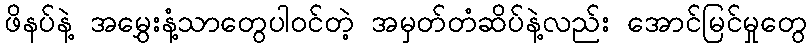
ဖိနပ်နဲ့ အမွှေးနံ့သာတွေပါဝင်တဲ့ အမှတ်တံဆိပ်နဲ့လည်း အောင်မြင်မှုတွေ